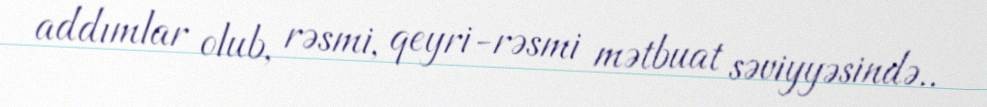
addımlar olub, rəsmi, qeyri-rəsmi mətbuat səviyyəsində..